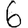
Digit: 6